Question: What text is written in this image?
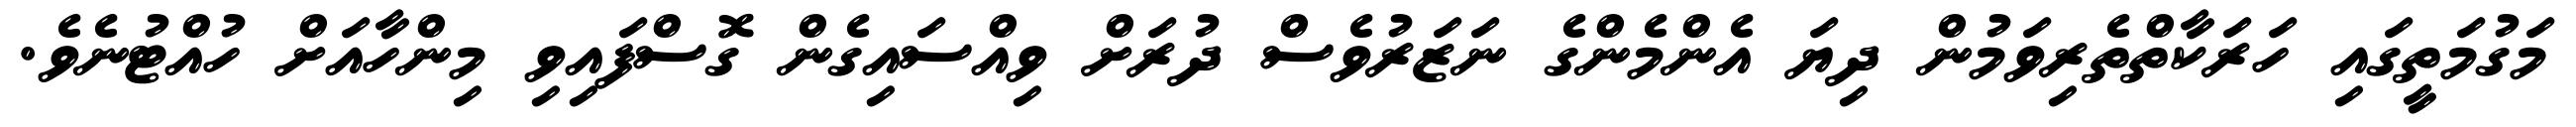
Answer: މަގުމަތީގައި ހަރަކާތްތެރިވަމުން ދިޔަ އެންމެންގެ ނަޒަރުވެސް ދުރަށް ވިއްސައިގެން ގޮސްފައިވި މިންހާއަށް ހުއްޓުނެވެ.